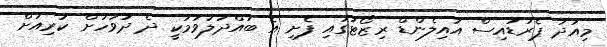
މިއަދު ޕެރަޑައިސް އައިލެންޑް ރިޒޯޓުގައި ފެށި އެ ބައްދަލުވުމަކީ ދެ ދުވަހަށް ކުރިއަށް